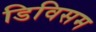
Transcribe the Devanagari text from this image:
डिविसम